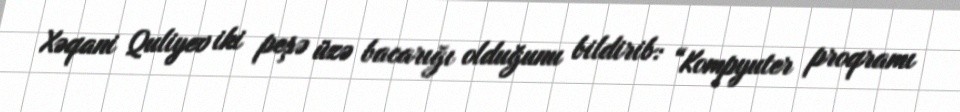
Xəqani Quliyev iki peşə üzə bacarığı olduğunu bildirib: “Kompyuter proqramı